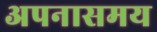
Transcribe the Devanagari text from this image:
अपनासमय